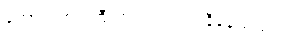
ကောင်းကင်ကြီးကလည်း ရဲရဲနီနေသည်။